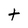
Character: t